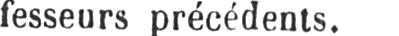
fesseurs précédents.